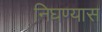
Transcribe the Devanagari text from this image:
निघण्यास